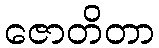
ဇောတိတာ